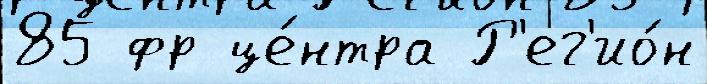
85 фр це́нтра Р'ег'ио́н